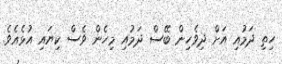
ހިތި ދަމުއި އަށް ދިވެހިން ބޭސް ދަމުއި މިހެން ވެސް ކިޔައި އުޅެއެވެ.